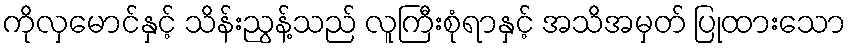
ကိုလှမောင်နှင့် သိန်းညွန့်သည် လူကြီးစုံရာနှင့် အသိအမှတ် ပြုထားသော